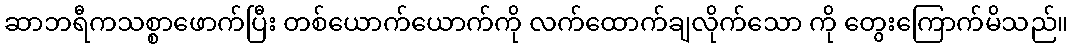
ဆာဘရီကသစ္စာဖောက်ပြီး တစ်ယောက်ယောက်ကို လက်ထောက်ချလိုက်သော ကို တွေးကြောက်မိသည်။